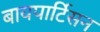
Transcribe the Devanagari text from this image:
बायपार्टिसन